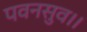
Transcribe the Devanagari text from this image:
पवनसुव।।